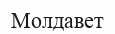
Молдавет